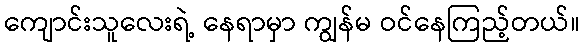
ကျောင်းသူလေးရဲ့ နေရာမှာ ကျွန်မ ဝင်နေကြည့်တယ်။